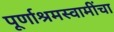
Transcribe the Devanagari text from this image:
पूर्णाश्रमस्वामींचा